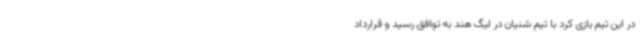
در این تیم بازی کرد با تیم شنیان در لیگ هند به توافق رسید و قرارداد